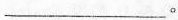
___。